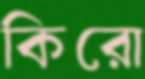
কিরো